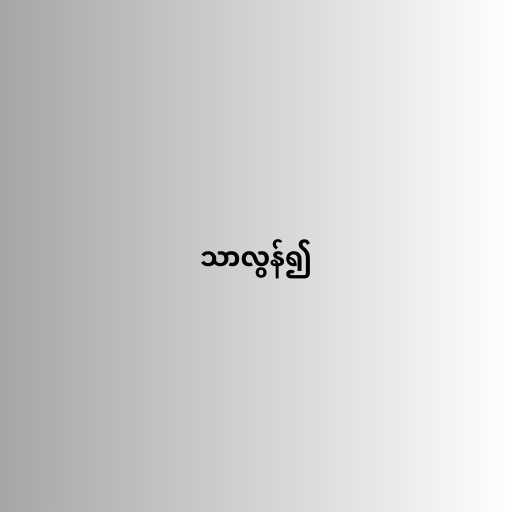
သာလွန်၍